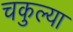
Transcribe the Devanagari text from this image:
चकुल्या